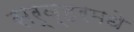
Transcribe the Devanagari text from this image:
सर्व्हरमधे